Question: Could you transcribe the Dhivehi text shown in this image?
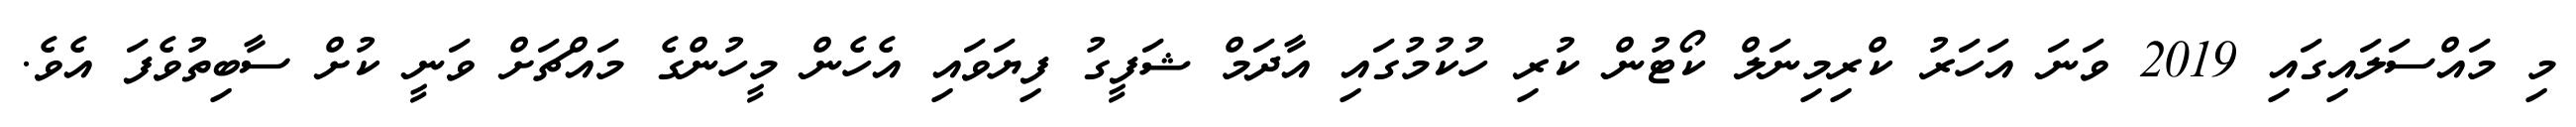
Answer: މި މައްސަލައިގައި 2019 ވަނަ އަހަރު ކްރިމިނަލް ކޯޓުން ކުރި ހުކުމުގައި އާދަމް ޝަފީގު ފިޔަވައި އެހެން މީހުންގެ މައްޗަށް ވަނީ ކުށް ސާބިތުވެފަ އެވެ.